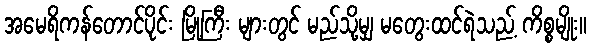
အမေရိကန်တောင်ပိုင်း မြို့ကြီး များတွင် မည်သို့မျှ မတွေးထင်ရဲသည့် ကိစ္စမျိုး။